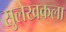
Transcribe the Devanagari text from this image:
सुलेखकला